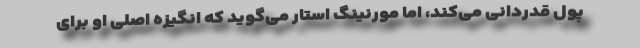
پول قدردانی می‌کند، اما مورنینگ استار می‌گوید که انگیزه اصلی او برای